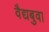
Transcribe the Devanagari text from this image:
वैद्यबुवा